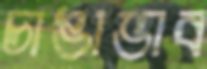
চাঙাভাব